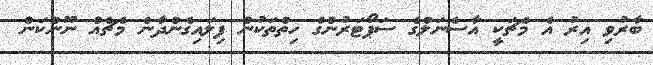
ބާރުވި އިރު އެ މެޗަކީ އާސެނަލްގެ ސަޕޯޓަރުންގެ ހިތްތަކުން ފިލައިގެންދާނެ މެޗެއް ނޫންކަން